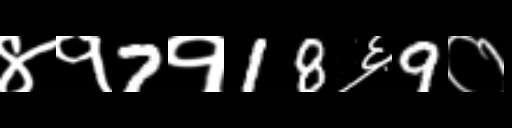
Text: ४१7१18६9०